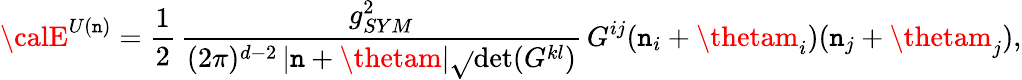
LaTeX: {\calE}^{U(\mathtt{n})}=\frac{{1}}{{2}}\, \frac{{g_{SYM}^{2}}}{{(2\pi)^{d-2}\, |\mathtt{n}+\thetam|\sqrt{}{{\operatorname*{det}(G^{kl})}}}}\, G^{ij}(\mathtt{n}_{i}+\thetam_{i})(\mathtt{n}_{j}+\thetam_{j}),